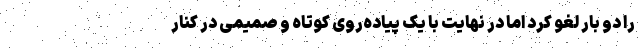
را دو بار لغو کرد اما در نهایت با یک پیاده‌روی کوتاه و صمیمی در کنار